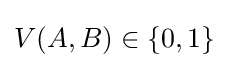
V(A,B)\in \{0,1\}\,\!